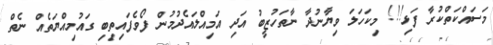
މަސައްކަތްކުރާ ފަޅި!!! މިކަހަލަ ވިޔާނުދާ ނާތަހުޒީބު އަދި އަމިއްލައެދުމުން ފޯވެފައިތިބި ގައުމިއްޔަތެއް ނެތް